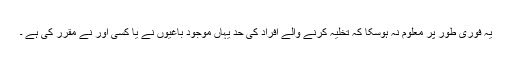
یہ فوری طور پر معلوم نہ ہوسکا کہ تخلیہ کرنے والے افراد کی حد یہاں موجود باغیوں نے یا کسی اور نے مقرر کی ہے ۔